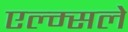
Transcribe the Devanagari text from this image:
एल्म्सले